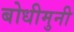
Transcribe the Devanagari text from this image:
बोधीमुनी